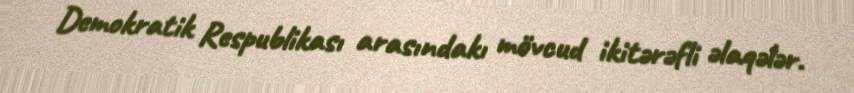
Demokratik Respublikası arasındakı mövcud ikitərəfli əlaqələr.